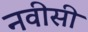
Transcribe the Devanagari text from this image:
नवीसी